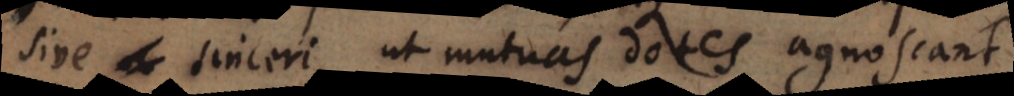
sive sinceri, ut mutuas dotes agnoscant.